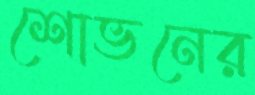
শোভনের